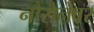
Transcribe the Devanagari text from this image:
नौसेनेवर